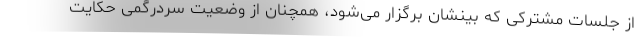
از جلسات مشترکی که بینشان برگزار می‌شود، همچنان از وضعیت سردرگمی حکایت